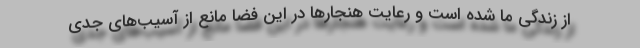
از زندگی ما شده است و رعایت هنجارها در این فضا مانع از آسیب‌های جدی